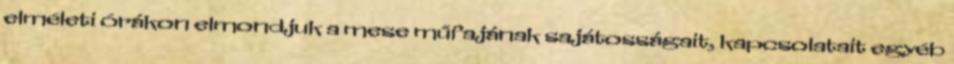
elméleti órákon elmondjuk a mese műfajának sajátosságait, kapcsolatait egyéb